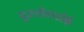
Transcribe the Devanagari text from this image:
दुस्सेलडोर्फ